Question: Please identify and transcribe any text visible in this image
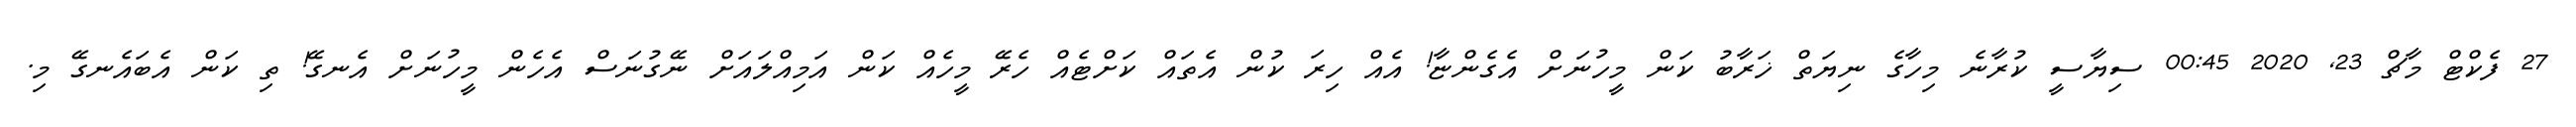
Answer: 27 ފެކްޓް މާޗް 23, 2020 00:45 ސިޔާސީ ކުރާނެ މިހާގެ ނިޔަތް ޚަރާބު ކަން މީހުނަށް އެގެންޏާ! އެއް ހިރަ ކުން އެތައް ކަށްޓެއް ހެރޭ މީހެއް ކަން އަމިއްލައަށް ނޭގުނަސް އެހެން މީހުނަށް އެނގޭ! ތި ކަން އެބައެނގޭ މި.